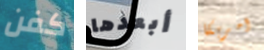
كفن أبعدها امريكا